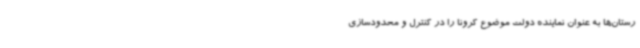
رستان‌ها به عنوان نماینده دولت موضوع کرونا را در کنترل و محدودسازی